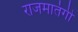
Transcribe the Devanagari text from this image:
राजमातंगी